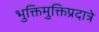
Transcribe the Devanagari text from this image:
भुक्तिमुक्तिप्रदात्रे